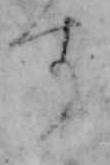
す